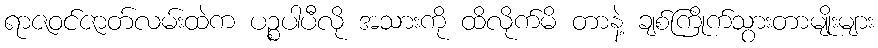
ရာဇဝင်ဇာတ်လမ်းထဲက ပဉ္စပါပီလို အသားကို ထိလိုက်မိ တာနဲ့ ချစ်ကြိုက်သွားတာမျိုးများ